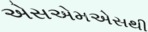
એસએમએસથી